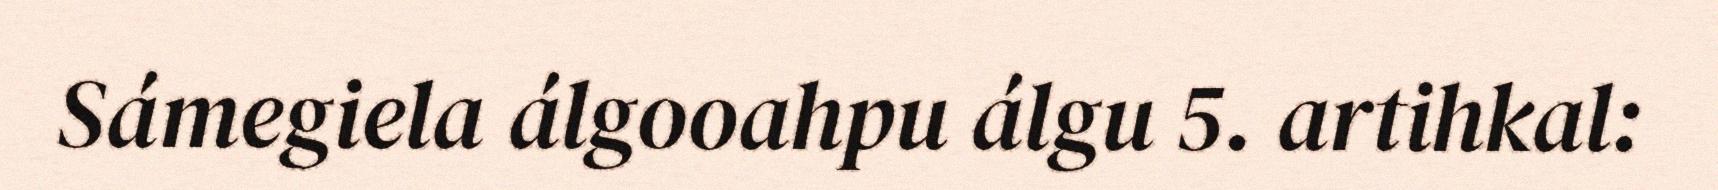
Sámegiela álgooahpu álgu 5. artihkal: